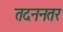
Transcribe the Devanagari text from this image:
तदननतर